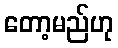
တော့မည်ဟု